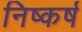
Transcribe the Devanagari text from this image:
निष्कर्ष